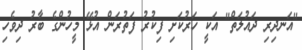
"އަނދިރި ދައުލަތް" އަކީ ހަރުކަށި ފިކުރު ފަތުރަން އުޅޭ މީހުންގެ ބާރު ދިވެހި